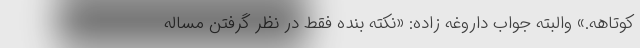
کوتاهه.» والبته جواب داروغه زاده: «‌نكته بنده فقط در نظر گرفتن مساله